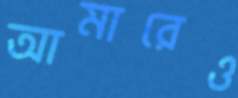
আমারেও